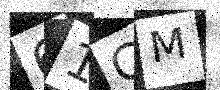
Text: 61CM